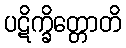
ပဋိက္ခိတ္တောတိ